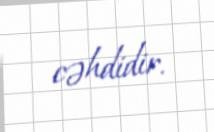
cəhdidir.